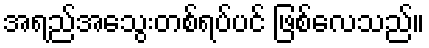
အရည်အသွေးတစ်ရပ်ပင် ဖြစ်လေသည်။